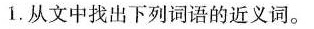
”1.从文中找出下列词语的近义词。